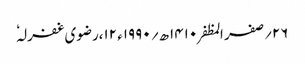
۲۶؍صفر المظفر ۱۴۱۰ھ؍ ۱۹۹۰ء ۱۲،رضوی غفرلہٗ